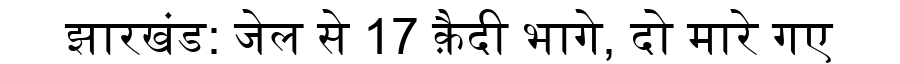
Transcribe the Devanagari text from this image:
झारखंड: जेल से 17 क़ैदी भागे, दो मारे गए